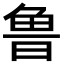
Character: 鲁